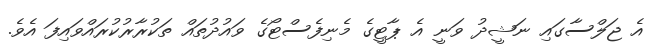
އެ ޖަލްސާގައި ނަޝީދު ވަނީ އެ ޕާޓީގެ މެނިފެސްޓޯގެ ވައުދުތައް ތަކުރާރުކުރައްވައިފަ އެވެ.